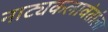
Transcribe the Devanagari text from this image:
नाट्यकलावंतांला